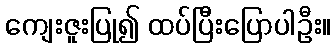
ကျေးဇူးပြု၍ ထပ်ပြီးပြောပါဦး။